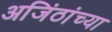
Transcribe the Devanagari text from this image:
अजिंठांच्या